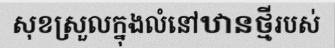
សុខស្រួលក្នុងលំនៅឋានថ្មីរបស់